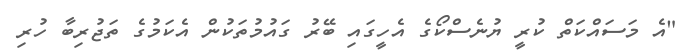
"އެ މަސައްކަތް ކުރީ ޔުނެސްކޯގެ އެހީގައި ބޭރު ގައުމުތަކުން އެކަމުގެ ތަޖުރިބާ ހުރި